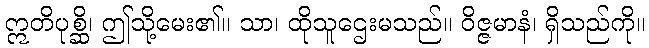
ဣတိပုစ္ဆိ၊ ဤသို့မေး၏။ သာ၊ ထိုသူဌေးမသည်။ ဝိဇ္ဇမာနံ၊ ရှိသည်ကို။